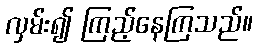
လှမ်း၍ ကြည့်နေကြသည်။